Veterinary regulations India, 1935 -
Year: 1935
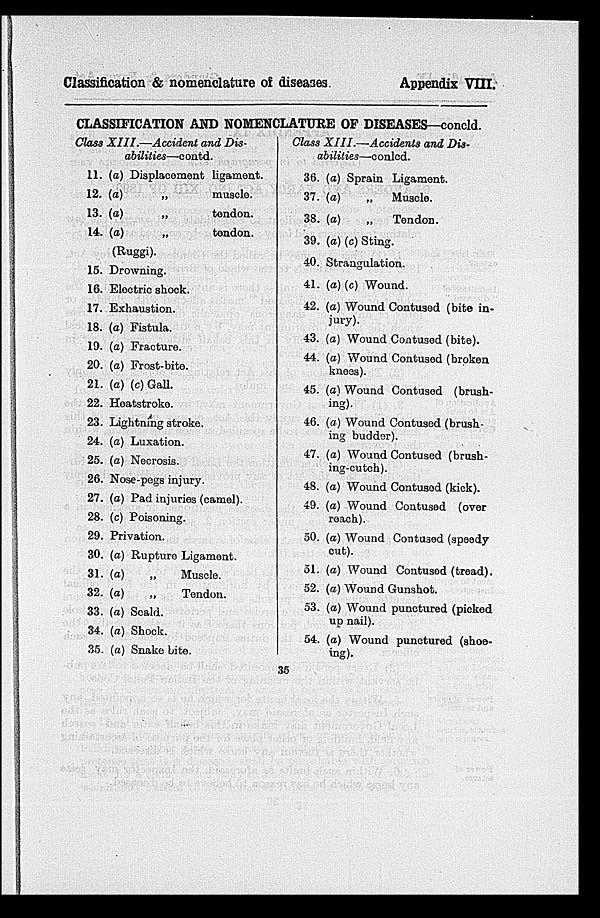
Classification & nomenclature of diseases.
Appendix VIII.
CLASSIFICATION AND NOMENCLATURE OF DISEASES—concld.
Class XIII.—Accident and Dis-
abilities—contd.
11.
12.
13.
14.
15.
16.
17.
18.
19.
20.
21.
22.
23.
24.
25.
26.
27.
28.
29.
30.
31.
32.
33.
34.
35.
(a) Displacement ligament.
(a)
„
muscle.
(a)
„
tendon.
(a)
„
tendon.
(Ruggi).
Drowning.
Electric shock.
Exhaustion.
(a) Fistula.
(a) Fracture.
(a) Frost-bite.
(a) (c) Gall.
Heatstroke.
Lightning stroke.
(a) Luxation.
(a) Necrosis.
Nose-pegs injury.
(a) Pad injuries (camel).
(c) Poisoning.
Privation.
(a) Rupture Ligament.
(a)
„
Muscle.
(a)
„
Tendon.
(a) Scald.
(a) Shock.
(a) Snake bite.
Class XIII.—Accidents and Dis-
abilities—conlcd.
36.
37.
38.
39.
40.
41.
42.
43.
44.
45.
46.
47.
48.
49.
50.
51.
52.
53.
54.
(a) Sprain Ligament.
(a)
„ Muscle.
(a)
„
Tendon.
(a) (c) Sting.
Strangulation.
(a) (c) Wound.
(a) Wound Contused (bite in-
jury).
(a) Wound Contused (bite).
(a) Wound Contused (broken
knees).
(a) Wound Contused (brush-
ing).
(a) Wound Contused (brush-
ing budder).
(a) Wound Contused (brush-
ing-cutch).
(a) Wound Contused (kick).
(a) Wound Contused (over
reach).
(a) Wound Contused (speedy
cut).
(a) Wound Contused (tread).
(a) Wound Gunshot.
(a) Wound punctured (picked
up nail).
(a) Wound punctured (shoe-
ing).
35